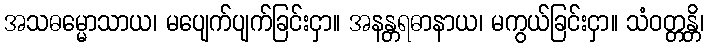
အသဓမ္မောသာယ၊ မပျေက်ပျက်ခြင်းငှာ။ အနန္တရဓာနာယ၊ မကွယ်ခြင်းငှာ။ သံဝတ္တန္တိ၊